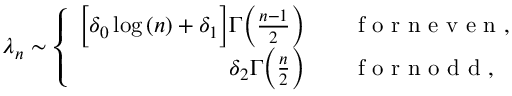
\lambda _ { n } \sim \left\{ \begin{array} { r l } { \Big [ \delta _ { 0 } \log { ( n ) } + \delta _ { 1 } \Big ] \Gamma \Big ( \frac { n - 1 } { 2 } \Big ) } & { { } \quad \mathrm { ~ f ~ o ~ r ~ n ~ e ~ v ~ e ~ n ~ } , } \\ { \delta _ { 2 } \Gamma \Big ( \frac { n } { 2 } \Big ) } & { { } \quad \mathrm { ~ f ~ o ~ r ~ n ~ o ~ d ~ d ~ } , } \end{array} \right.